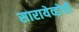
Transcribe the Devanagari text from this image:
सारायेव्होची